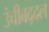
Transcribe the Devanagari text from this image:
उंचीबद्दल